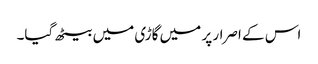
اس کے اصرار پر میں گاڑی میں بیٹھ گیا۔